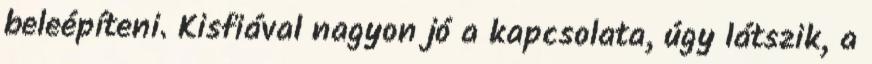
beleépíteni. Kisfiával nagyon jó a kapcsolata, úgy látszik, a